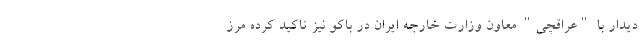
دیدار با "عراقچی" معاون وزارت خارجه ایران در باکو نیز تاکید کرده مرز